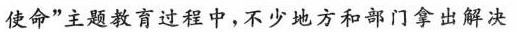
使命”主题教育过程中，不少地方和部门拿出解决